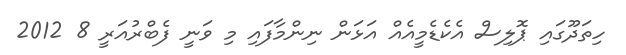
ހިތަދޫގައި ޕޮލިސް އެކެޑެމީއެއް އަޅަން ނިންމާފައި މި ވަނީ ފެބްރުއަރީ 8 2012